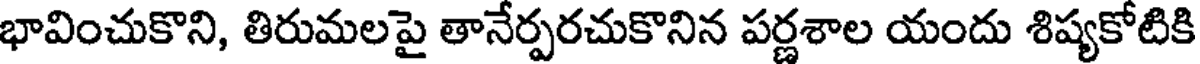
భావించుకొని, తిరుమలపై తానేర్పరచుకొనిన పర్ణశాల యందు శిష్యకోటికి